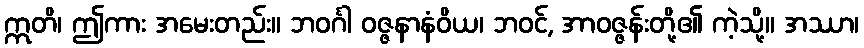
ဣတိ၊ ဤကား အမေးတည်း။ ဘဝင်္ဂါ ဝဇ္ဇနာနံဝိယ၊ ဘဝင်, အာဝဇ္ဇန်းတို့၏ ကဲ့သို့။ အဿာ၊